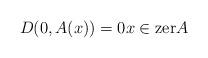
LaTeX: \begin{align*}D(0,A(x))=0x\in\mathrm{zer}A\end{align*}